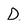
Character: D